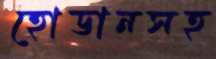
হোডানসহ